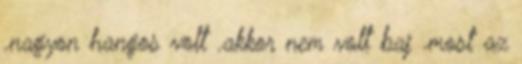
.nagyon hangos volt .akkor nem volt baj .most az